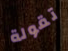
تقولة